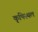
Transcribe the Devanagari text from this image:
कृषिस्थल